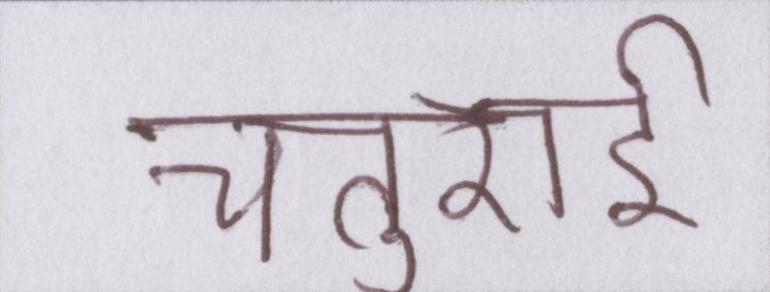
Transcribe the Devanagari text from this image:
चतुराई